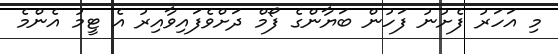
މި އަހަރު ފެށުނު ފަހުން ބަޔާންގެ ފޯމް ދަށްވެފައިވާއިރު އެ ޓީމު އެންމެ